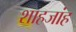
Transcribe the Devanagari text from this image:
शाहजांह